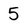
Character: 5